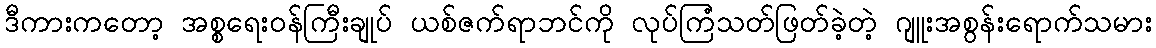
ဒီကားကတော့ အစ္စရေးဝန်ကြီးချုပ် ယစ်ဇက်ရာဘင်ကို လုပ်ကြံသတ်ဖြတ်ခဲ့တဲ့ ဂျူးအစွန်းရောက်သမား